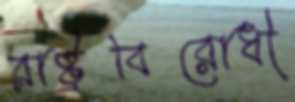
রাষ্ট্রবিরোধী